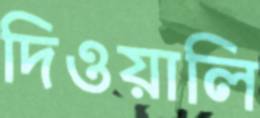
দিওয়ালি